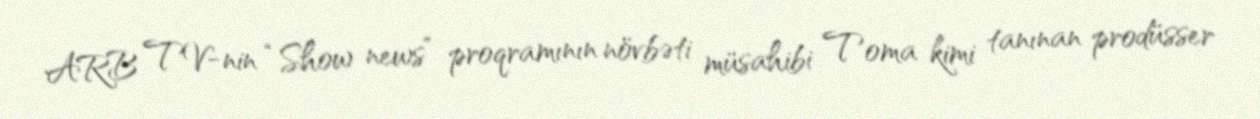
ARB TV-nin “Show news” proqramının növbəti müsahibi Toma kimi tanınan prodüsser